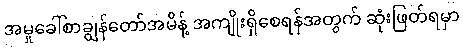
အမှုခေါ်စာချွန်တော်အမိန့် အကျိုးရှိစေရန်အတွက် ဆုံးဖြတ်ရမှာ